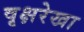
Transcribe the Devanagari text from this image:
वृक्षरेखा